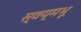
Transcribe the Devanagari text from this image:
स्वय्मभू